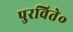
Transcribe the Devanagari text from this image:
पुरविते॰